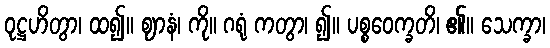
ဝုဋ္ဌဟိတွာ၊ ထ၍။ ဈာနံ၊ ကို။ ဂရုံ ကတွာ၊ ၍။ ပစ္စဝေက္ခတိ၊ ၏။ သေက္ခာ၊